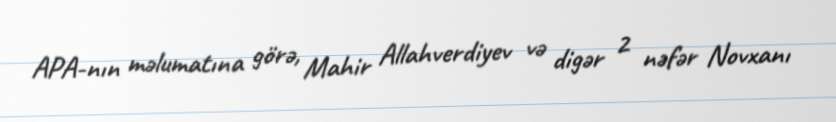
APA-nın məlumatına görə, Mahir Allahverdiyev və digər 2 nəfər Novxanı